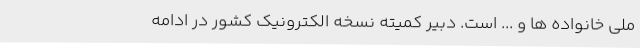
ملی خانواده ها و ... است. دبیر کمیته نسخه الکترونیک کشور در ادامه